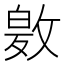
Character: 𭤂